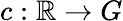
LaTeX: c:\mathbb{R}\rightarrow G